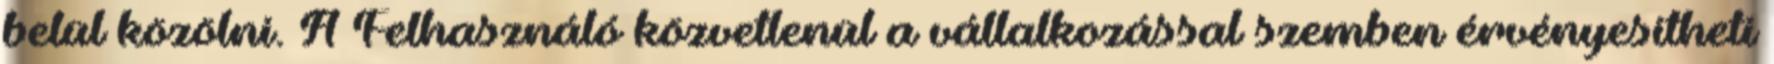
belül közölni. A Felhasználó közvetlenül a vállalkozással szemben érvényesítheti